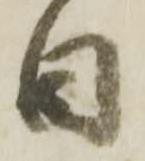
日